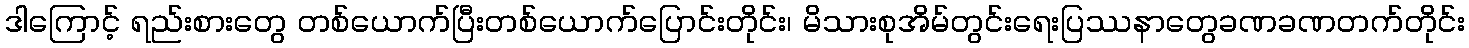
ဒါကြောင့် ရည်းစားတွေ တစ်ယောက်ပြီးတစ်ယောက်ပြောင်းတိုင်း၊ မိသားစုအိမ်တွင်းရေးပြဿနာတွေခဏခဏတက်တိုင်း